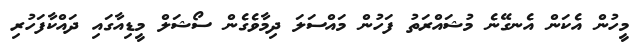
މީހުން އެކަން އެނގޭނެ މުޝައްރަތު ފަހުން މައްސަލަ ދިމާވެގެން ސޯޝަލް މީޑިއާގައި ދައްކާފަހުރި